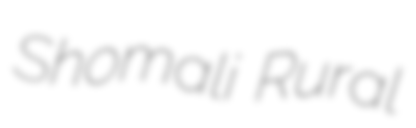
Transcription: Shomali Rural